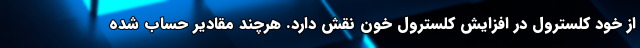
از خود کلسترول در افزایش کلسترول خون نقش دارد. هرچند مقادیر حساب شده